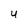
Character: U